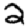
Digit: 2